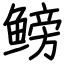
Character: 鳑